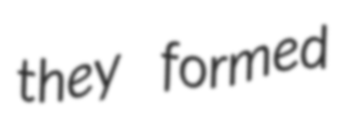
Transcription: they formed